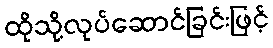
ထိုသို့လုပ်ဆောင်ခြင်းဖြင့်